Notes on vaccination in the North-West Frontier Province 1923-1928 - 1923-1928
Year: 1923
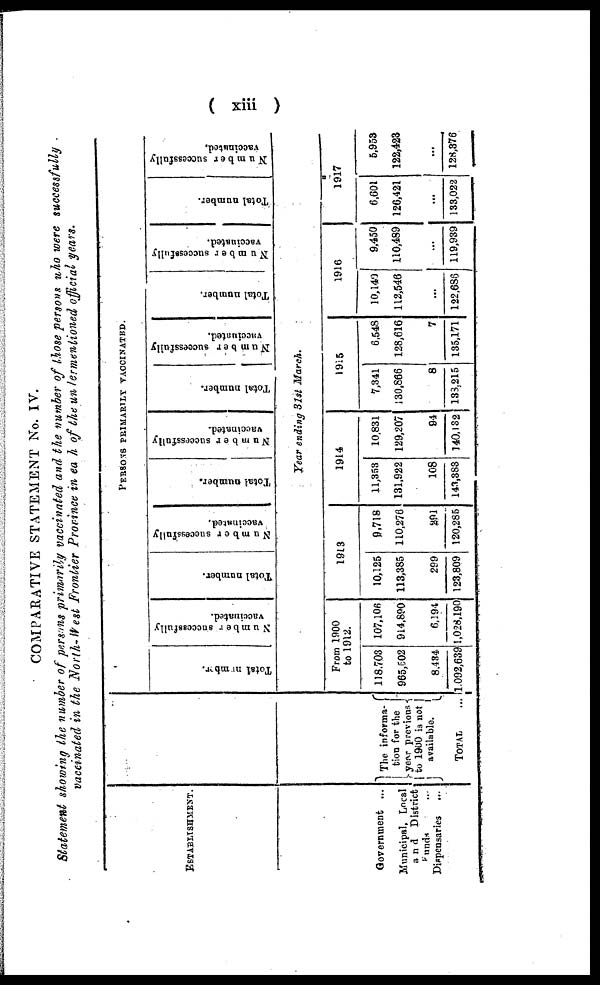
( xiii )
COMPARATIVE STATEMENT No. IV.
Statement showing the number of persons primarily vaccinated and the number of those persons who were successfully
vaccinated in the North-West Frontier Province in each of the undermentioned official years.
ESTABLISHMENT.
Government ...
Municipal, Local
and District
Funds ...
Dispensaries ...
The informa¬
tion for the
year previous
to 1900 is not
available.
TOTAL
...
PERSONS PRIMARILY VACCINATED.
Total number.
Number successfully
vaccinated.
Total number.
Number successfully
vaccinated.
Total number.
Number successfully
vaccinated.
Total number.
Number successfully
vaccinated.
Total number.
Number successfully
vaccinated.
Total number.
Number successfully
vaccinated.
Year ending 31st March.
From 1900
to 1912.
118,703
985,502
8,434
1,092,639
107,106
914,890
6,194
1,028,190
1913
10,125
113,385
299
123,809
9,718
110,276
291
120,285
1914
11,353
131,922
108
143,383
10,831
129,207
94
140,132
1915
7,341
130,866
8
138,215
6,548
128,616
7
135,171
1916
10,140
112,546
...
122,686
9,450
110,489
...
119,939
1917
6,601
126,421
...
133,022
5,953
122,423
...
128,376